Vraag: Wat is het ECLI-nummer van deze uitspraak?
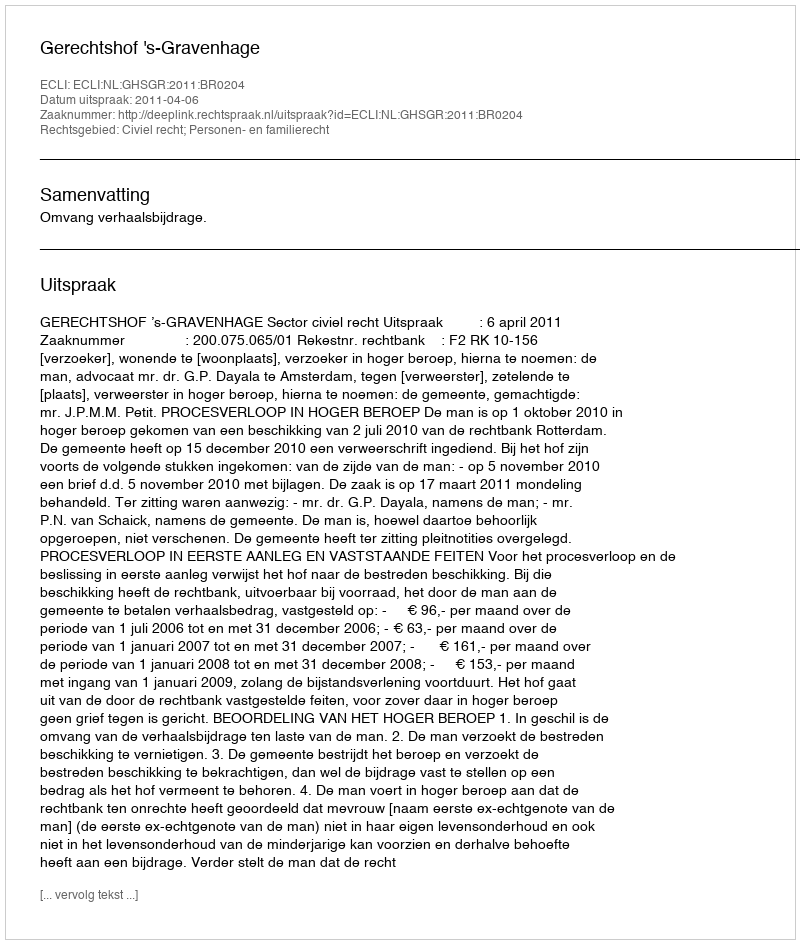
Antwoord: ECLI:NL:GHSGR:2011:BR0204